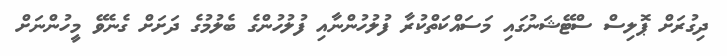
ދިގުރަށް ޕޮލިސް ސްޓޭޝަނުގައި މަސައްކަތްކުރާ ފުލުހުންނާއި ފުލުހުންގެ ބެލުމުގެ ދަށަށް ގެނެވޭ މީހުންނަށް